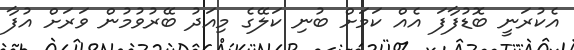
އެކުރަނީ ބޮޑުފާފަ އެއް ކަމަށް ބުނި ކަލޭގެ މިއަދު ބޭރުވުމުން ވަރަށް އުފާ